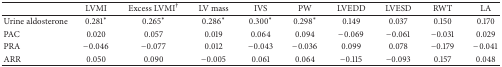
|  | LVMI | Excess LVMI† | LV mass | IVS | PW | LVEDD | LVESD | RWT | LA |
 | --- | --- | --- | --- | --- | --- | --- | --- | --- | --- |
 | Urine aldosterone | 0.281* | 0.265* | 0.286* | 0.300* | 0.298* | 0.149 | 0.037 | 0.150 | 0.170 |
 | PAC | 0.020 | 0.057 | 0.019 | 0.064 | 0.094 | −0.069 | −0.061 | −0.031 | 0.029 |
 | PRA | −0.046 | −0.077 | 0.012 | −0.043 | −0.036 | 0.099 | 0.078 | −0.179 | −0.041 |
 | ARR | 0.050 | 0.090 | −0.005 | 0.061 | 0.064 | −0.115 | −0.093 | 0.157 | 0.048 |